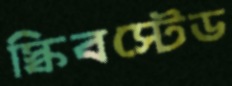
স্কিবস্টেড